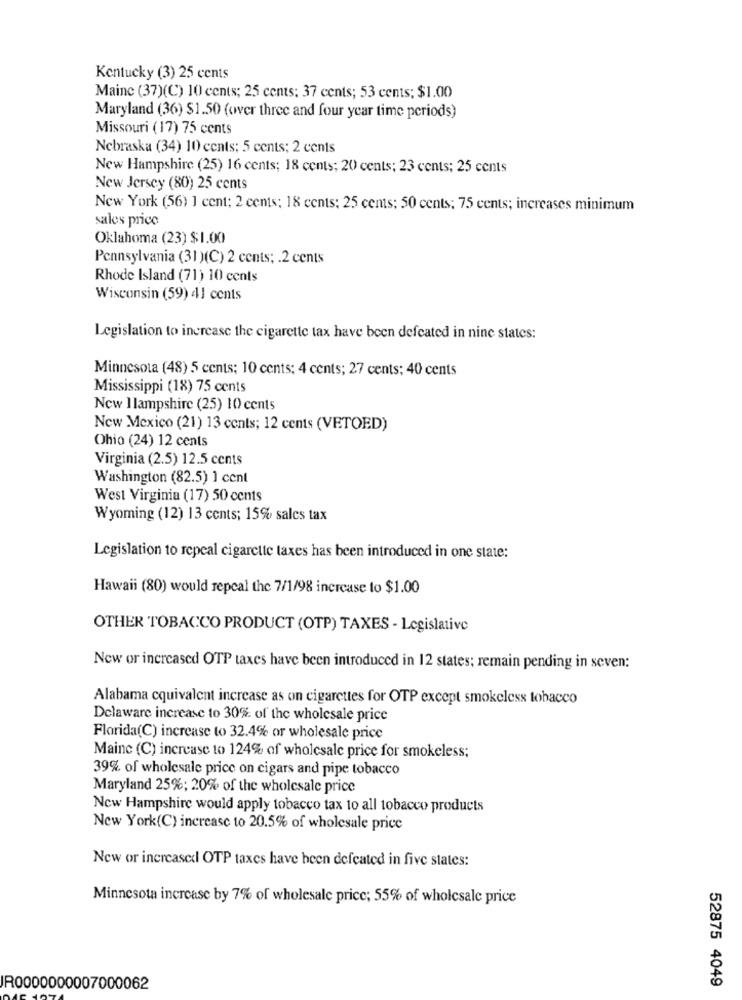
Kentucky (3) 25 cents
Mainc (37)(C) 10 cents; 25 cents: 37 cents; 53 cents; $1.00
Maryland (36) $1.50 (over three and four year time periods)
Missouri (17) 75 cents
Nebraska (34) 10 cents: 5 cents; 2 cents
New Hampshire (25) 16 cents; 18 cents; 20 cents; 23 cents; 25 cents
New Jersey (80) 25 cents
New York (56) ] cent; 2 cents; 18 cents; 25 cents; 50 cents; 75 cents; increases minimum
sales price
Oklahoma (23) $1.00
Pennsylvania (31 )(C) 2 cents; . 2 cents
Rhode Island (71) 10 cents
Wisconsin (59) 41 cents
Legislation to increase the cigarette tax have been defeated in nine states:
Minnesota (48) 5 cents; 10 cents: 4 cents; 27 cents; 40 cents
Mississippi (18) 75 cents
New I lampshire (25) 10 cents
New Mexico (21) 13 cents; 12 cents (VETOED)
Ohio (24) 12 cents
Virginia (2.5) 12.5 cents
Washington (82.5) 1 cent
West Virginia (17) 50 cents
Wyoming (12) 13 cents; 15% sales tax
Legislation to repeal cigarette taxes has been introduced in one state:
Hawaii (80) would repeal the 7/1/98 increase to $1.00
OTHER TOBACCO PRODUCT (OTP) TAXES - Legislative
New or increased OTP taxes have been introduced in 12 states; remain pending in seven:
Alabama cquivalent increase as on cigarettes for OTP except smokeless tobacco
Delaware increase to 30% of the wholesale price
Florida(C) increase to 32.4% or wholesale price
Maine (C) increase to 124% of wholesale price for smokeless;
39% of wholesale price on cigars and pipe tobacco
Maryland 25%; 20% of the wholesale price
New Hampshire would apply tobacco tax to all tobacco products
New York(C) increase to 20.5% of wholesale price
New or increased OTP taxes have been defeated in five states:
Minnesota increase by 7% of wholesale price; 55% of wholesale price
52875 4049
IR0000000007000062